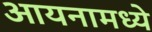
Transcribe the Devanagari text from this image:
आयनामध्ये